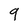
Character: 9